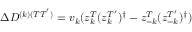
\Delta D ^ { ( k ) ( T T ^ { ' } ) } = v _ { k } ( z _ { k } ^ { T } ( z _ { k } ^ { T ^ { \prime } } ) ^ { \dagger } - z _ { - k } ^ { T } ( z _ { - k } ^ { T ^ { \prime } } ) ^ { \dagger } )